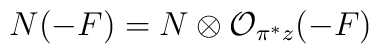
N (-F)= N \otimes{\cal O}_{\pi^{*}z} (-F)